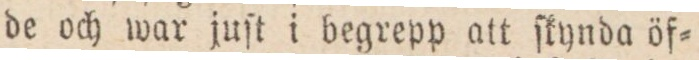
de och war juſt i begrepp att ſkynda öf=